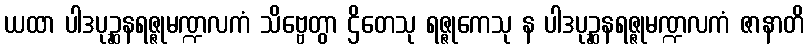
ယထာ ပါဒပုဉ္ဆနရဇ္ဇုမဏ္ဍလကံ သိဗ္ဗေတွာ ဌိတေသု ရဇ္ဇုကေသု န ပါဒပုဉ္ဆနရဇ္ဇုမဏ္ဍလကံ ဇာနာတိ